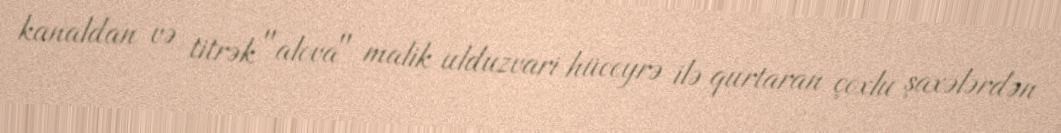
kanaldan və titrək "alova" malik ulduzvari hüceyrə ilə qurtaran çoxlu şaxələrdən